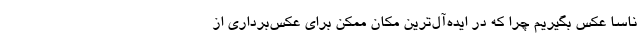
ناسا عکس بگیریم چرا که در ایده‌آل‌ترین مکان ممکن برای عکس‌برداری از